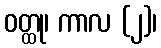
ဝတ္ထု၊ ကာလ (၂)၊